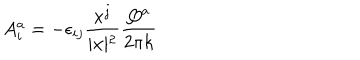
A _ { i } ^ { a } = - \epsilon _ { i j } \frac { x ^ { j } } { \vert x \vert ^ { 2 } } \frac { Q ^ { a } } { 2 \pi k }